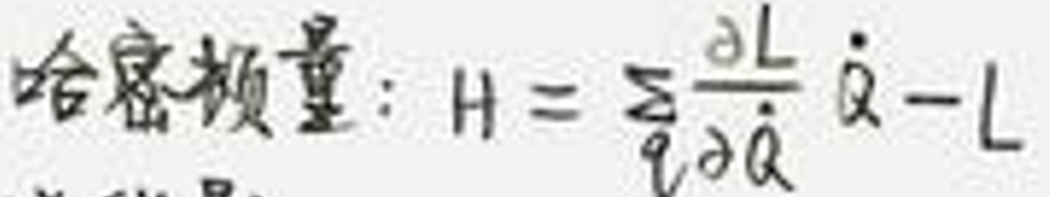
哈密顿量：$H = \sum_{q}\frac{\partial L}{\partial \dot{q}}\dot{q}-L$